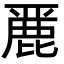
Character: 䴡